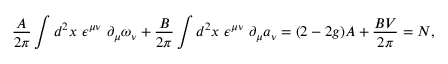
\frac { A } { 2 \pi } \int d ^ { 2 } x ~ \epsilon ^ { \mu \nu } ~ \partial _ { \mu } \omega _ { \nu } + \frac { B } { 2 \pi } \int d ^ { 2 } x ~ \epsilon ^ { \mu \nu } ~ \partial _ { \mu } a _ { \nu } = ( 2 - 2 g ) A + \frac { B V } { 2 \pi } = N ,